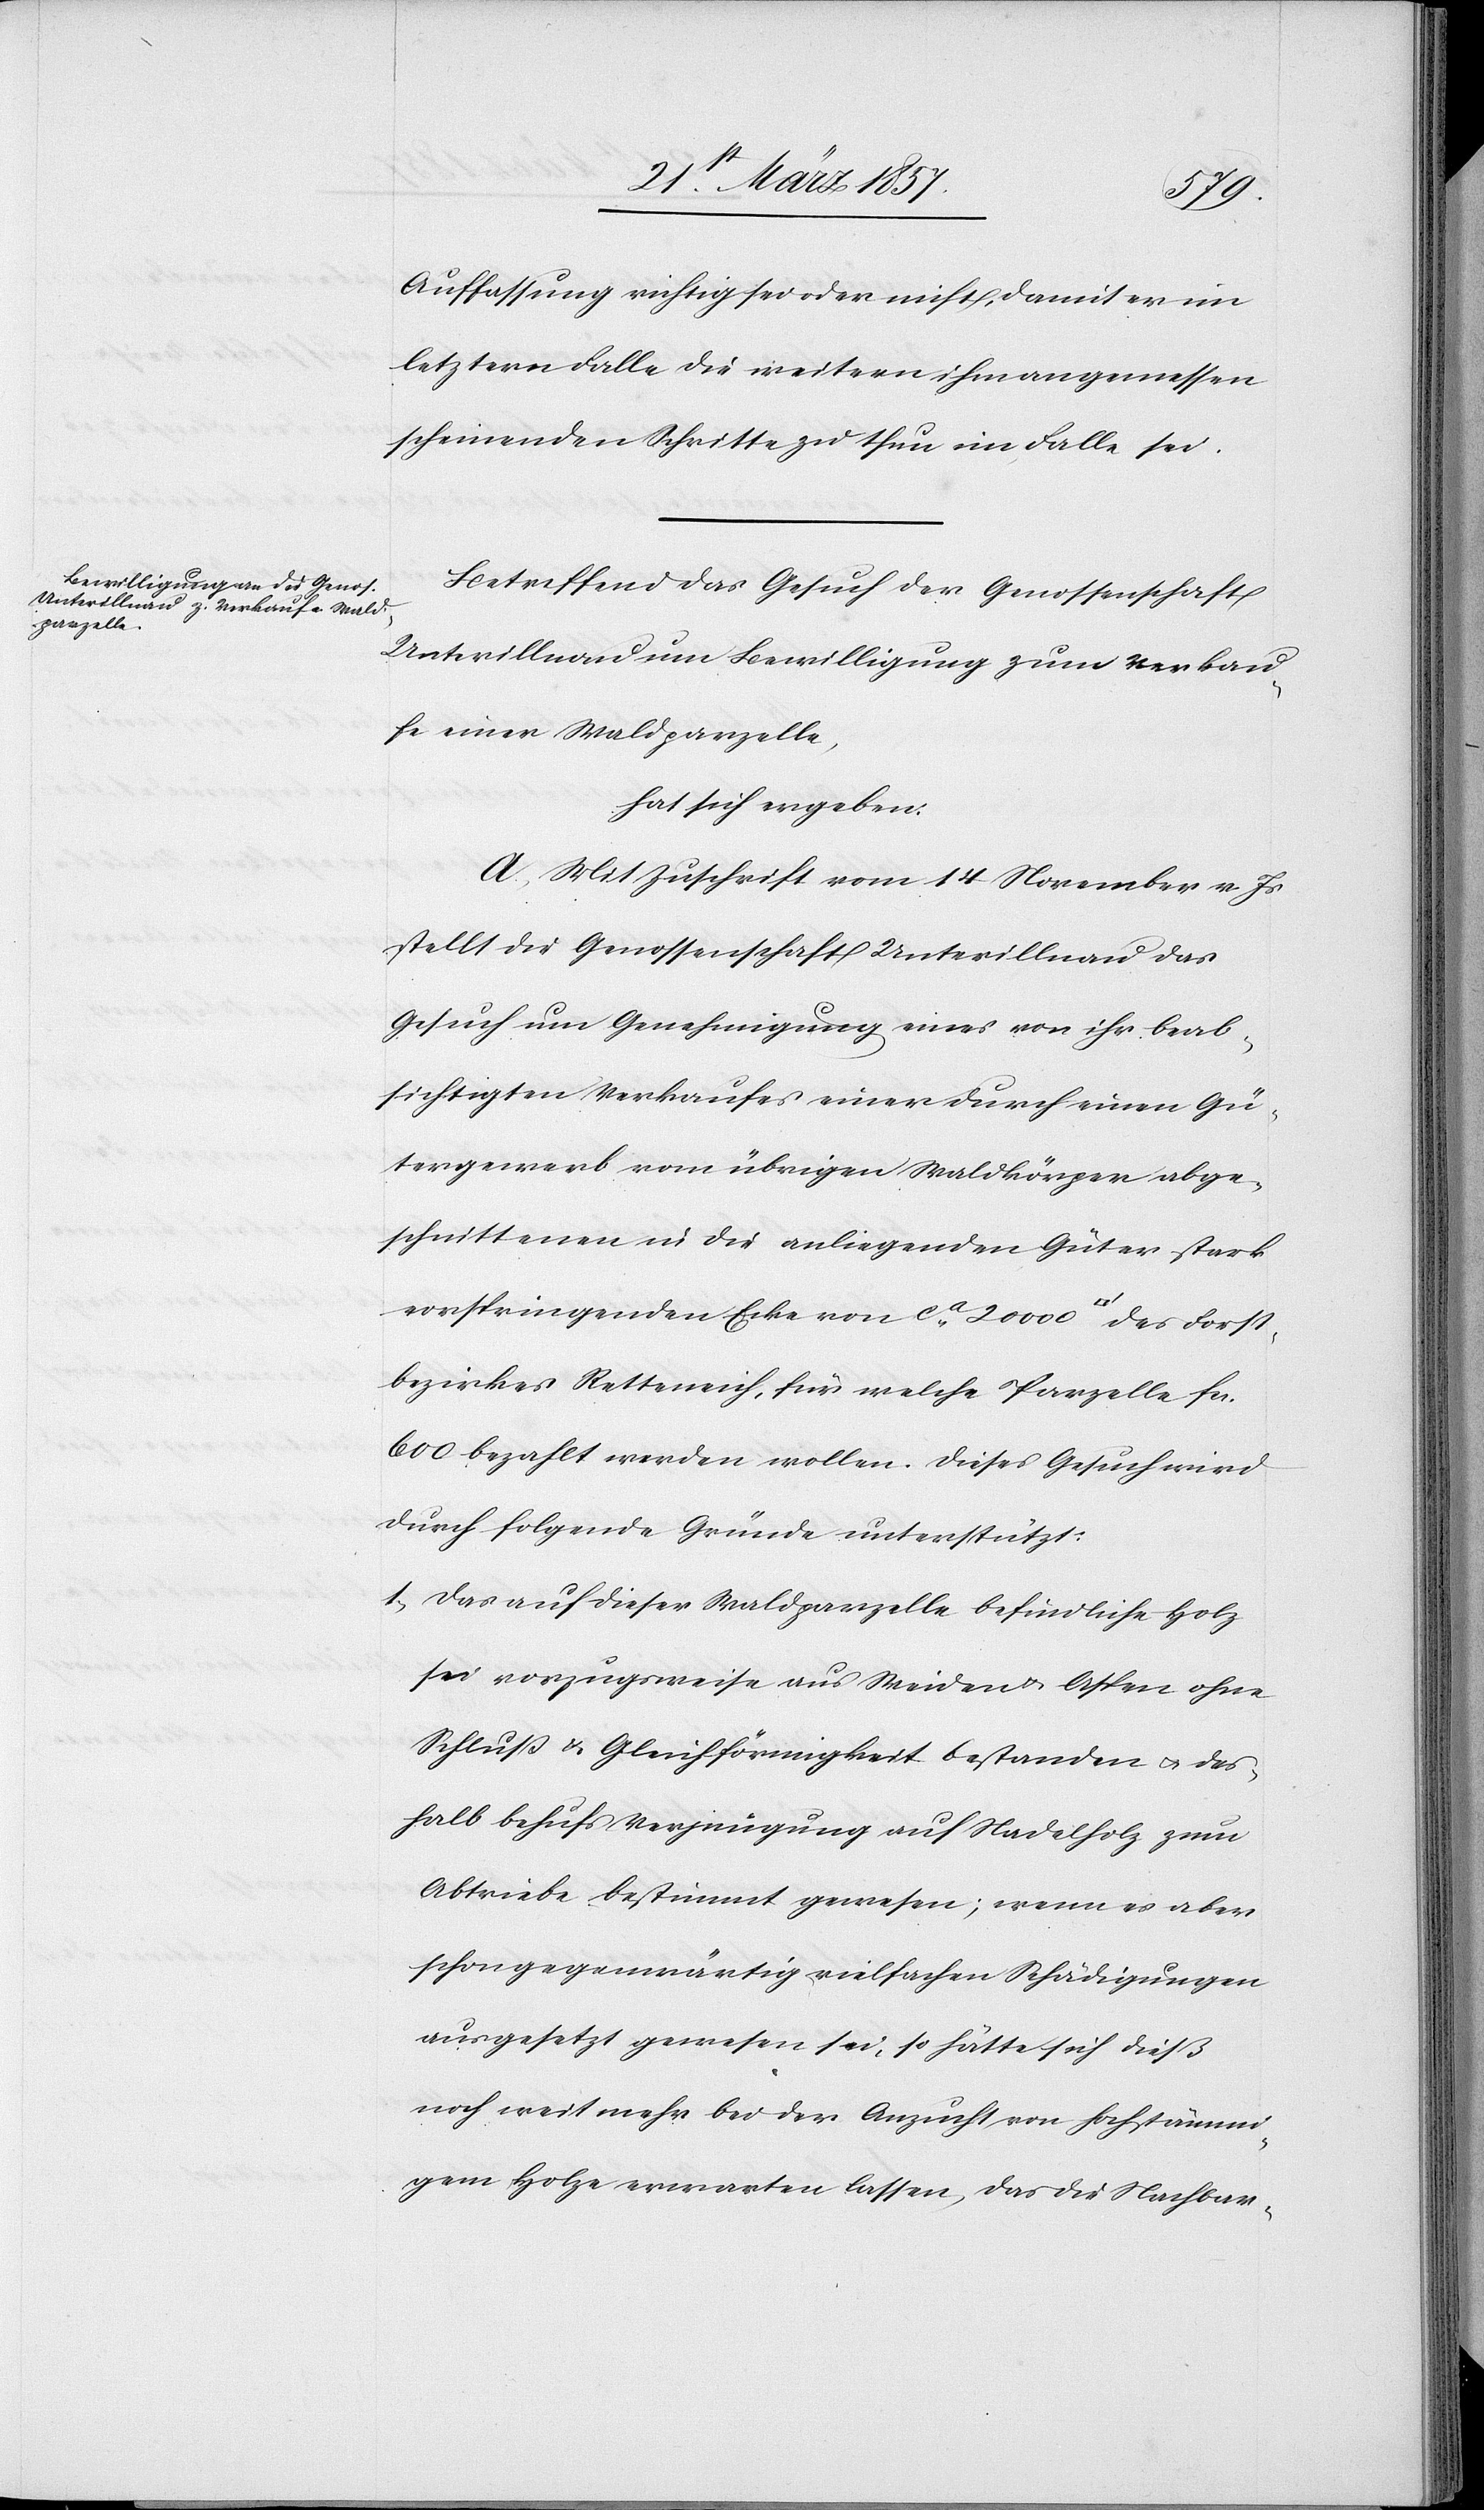
Auffassung richtig sei oder nicht, damit er im
letztern Falle die weitern ihm angemessen
scheinenden Schritte zu thun im Falle sei.
Betreffend das Gesuch der Genossenschaft
Unterillnau um Bewilligung zum Verkau¬
fe einer Waldparzelle,
hat sich ergeben:
A. Mit Zuschrift vom 14 November v. Js.
stellt die Genossenschaft Unterillnau das
Gesuch um Genehmigung eines von ihr beab¬
sichtigten Verkaufes einer durch einen Gü¬
tergewerb vom übrigen Waldkörper abge¬
schnittenen in die anliegenden Güter stark
vorspringenden Ecke von ca 20 000 [Quadratfuss] des Forst¬
bezirkes Retteneich, für welche Parzelle fr.
600 bezahlt werden wollen. Dieses Gesuch wird
durch folgende Gründe unterstützt:
1. Das auf dieser Waldparzelle befindliche Holz
sei vorzugsweise aus Weiden u. Aspen ohne
Schluß u. Gleichförmigkeit bestanden u. des¬
halb behufs Verjüngung auf Nadelholz zum
Abtriebe bestimmt gewesen; wenn es aber
schon gegenwärtig vielfachen Schädigungen
ausgesetzt gewesen sei, so hätte sich dieß
noch weit mehr bei der Anzucht von hochstämmi¬
gem Holz erwarten lassen, das die Nachbar-